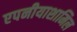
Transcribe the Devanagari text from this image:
एपनीयाशामिल